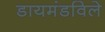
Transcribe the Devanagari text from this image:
डायमंडविले